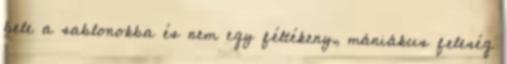
bele a sablonokba és nem egy féltékeny, mániákus feleség